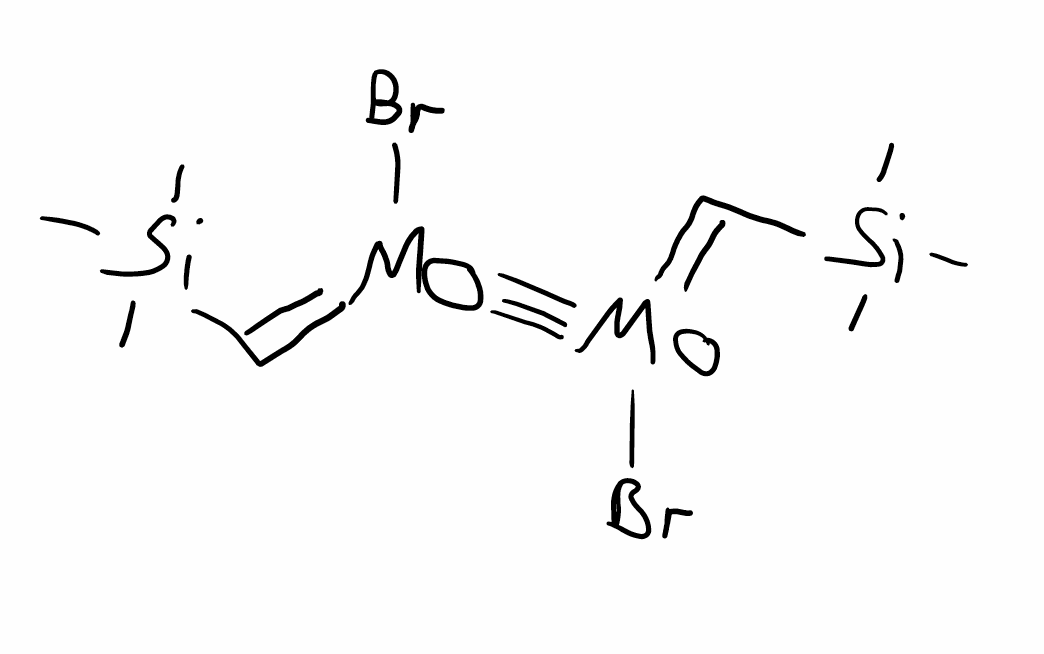
Simplified molecular-input line-entry system (SMILES) notation of the given molecule:
C[Si](C)(C)C=[Mo](#[Mo](=C[Si](C)(C)C)Br)Br